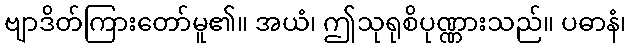
ဗျာဒိတ်ကြားတော်မူ၏။ အယံ၊ ဤသုရုစိပုဏ္ဏားသည်။ ပဓာနံ၊